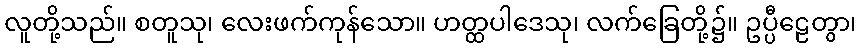
လူတို့သည်။ စတူသု၊ လေးဖက်ကုန်သော။ ဟတ္ထပါဒေသု၊ လက်ခြေတို့၌။ ဥပ္ပီဠေတွာ၊